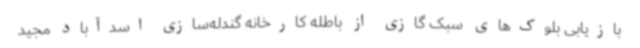
بازیابی بلوک‌های سبک گازی از باطله کارخانه گندله‌سازی اسدآباد مجید